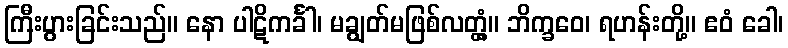
ကြီးပွားခြင်းသည်။ နော ပါဋိကင်္ခါ၊ မချွတ်မဖြစ်လတ္တံ့။ ဘိက္ခဝေ၊ ရဟန်းတို့။ ဧဝံ ခေါ၊